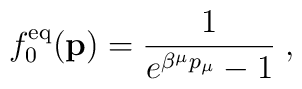
f_0^{\rm eq}({\bf p}) = { 1 \over e^{\beta^{\mu}p_{\mu}} - 1} \;,